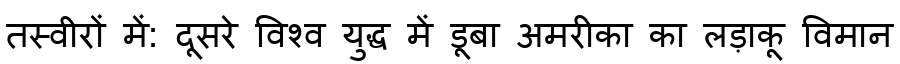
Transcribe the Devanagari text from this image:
तस्वीरों में: दूसरे विश्व युद्ध में डूबा अमरीका का लड़ाकू विमान